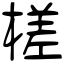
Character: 槎